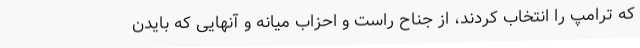
که ترامپ را انتخاب کردند، از جناح راست و احزاب میانه و آنهایی که بایدن